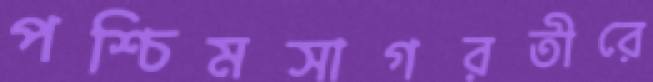
পশ্চিমসাগরতীরে